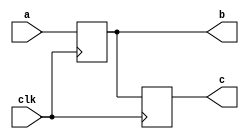
module blocking2(clk, a,b,c);
    output [3:0] b,c;
    input [3:0] a;
    input clk;
    reg [3:0] b,c;
  
    always @(posedge clk) b <= a;
    
    always @(posedge clk) begin
        c <= b;
        $display("Blocking2: a = %d, b = %d, c = %d.",a,b,c);
    end

endmodule